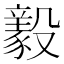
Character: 𣫖